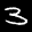
Label: 3